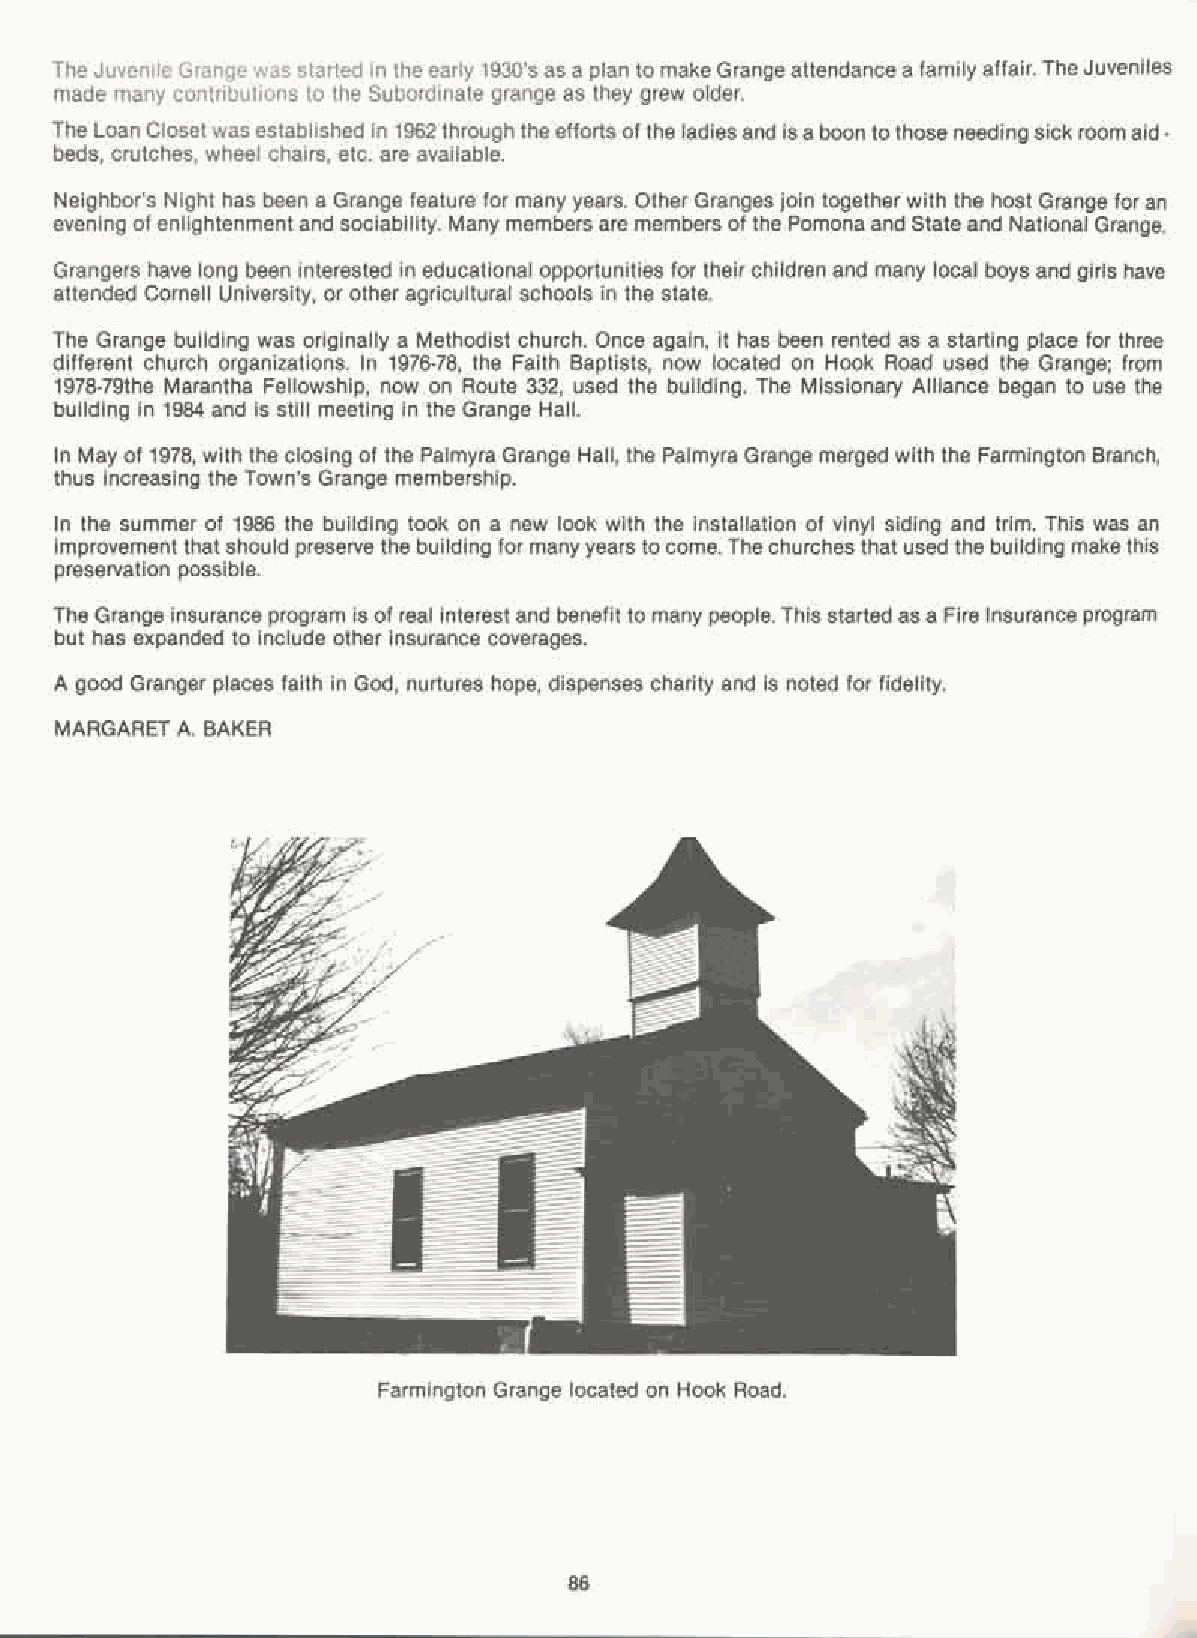
The Juvenile Grange was started in the early 1930's as a plan to make Grange attendance a family affair. The Juveniles
 made many contributions to the Subordinate grange as they grew older.
 The Loan Closetwas established in 1962 through the efforts of the ladiesand isa boon tothose needing sick room aid -
 beds, crutches, wheel chairs, etc. are available.
 Neighbor's Night has been a Grange feature for many years. Other Granges join together with the host Grange foran
 evening of enlightenment and sociability. Many members are members of the Pomona and State and National Grange.
 Grangers have long been interested in educational opportunities for their children and many local boys and girls have
 attended Cornell University, or other agricultural schools in the state.
 The Grange building was originally a Methodist church. Once again, it has been rented as a starting place for three
 different church organizations. In 1976-78, the Faith Baptists, now located on Hook Road used the Grange; from
 1978-79the Marantha Fellowship, now on Route 332, used the building. The Missionary Alliance began to use the
 building in 1984 and is still meeting in the Grange Hall.
 In May of 1978, with the closing of the Palmyra Grange Hall, the Palmyra Grange merged with the Farmington Branch,
 thus increasing the Town's Grange membership.
 In the summer of 1986 the building took on a new look with the installation of vinyl siding and trim. This was an
 improvemeht that should preserve the building for manyyears to come. The churches that used the building makethis
 preservation possible.
 The Grange insurance program is of real interest and benefit to many people. This started as a Fire Insurance program
 but has expanded to include other insurance coverages.
 A good Granger places faith in God, nurtures hope, dispenses charity and is noted for fidelity.
 MARGARET A. BAKER
 Farmington Grange located on Hook Road.
 86